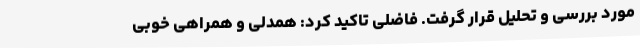
مورد بررسی و تحلیل قرار گرفت. فاضلی تاکید کرد: همدلی و همراهی خوبی